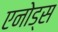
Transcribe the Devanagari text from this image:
एनोड्स